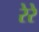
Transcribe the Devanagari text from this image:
रेरे